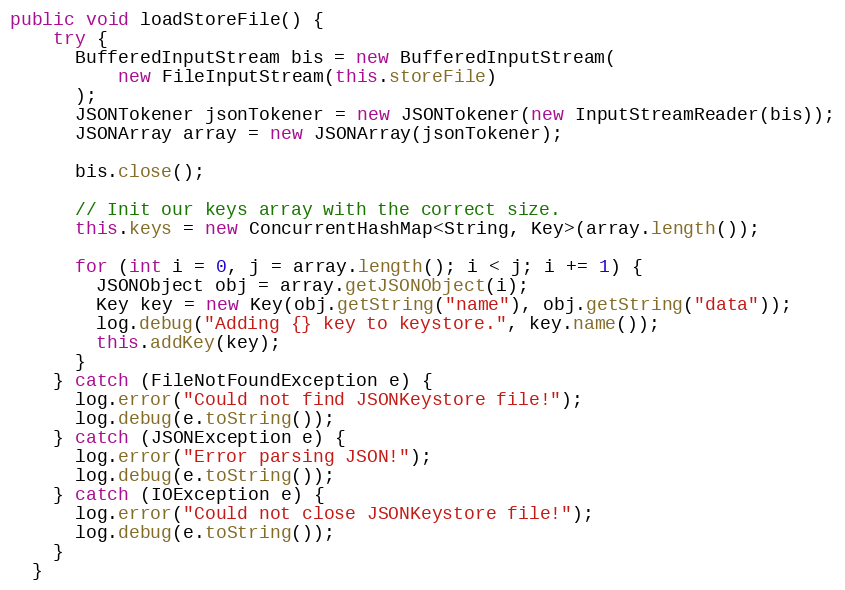
Language: Java
public void loadStoreFile() {
    try {
      BufferedInputStream bis = new BufferedInputStream(
          new FileInputStream(this.storeFile)
      );
      JSONTokener jsonTokener = new JSONTokener(new InputStreamReader(bis));
      JSONArray array = new JSONArray(jsonTokener);

      bis.close();

      // Init our keys array with the correct size.
      this.keys = new ConcurrentHashMap<String, Key>(array.length());

      for (int i = 0, j = array.length(); i < j; i += 1) {
        JSONObject obj = array.getJSONObject(i);
        Key key = new Key(obj.getString("name"), obj.getString("data"));
        log.debug("Adding {} key to keystore.", key.name());
        this.addKey(key);
      }
    } catch (FileNotFoundException e) {
      log.error("Could not find JSONKeystore file!");
      log.debug(e.toString());
    } catch (JSONException e) {
      log.error("Error parsing JSON!");
      log.debug(e.toString());
    } catch (IOException e) {
      log.error("Could not close JSONKeystore file!");
      log.debug(e.toString());
    }
  }